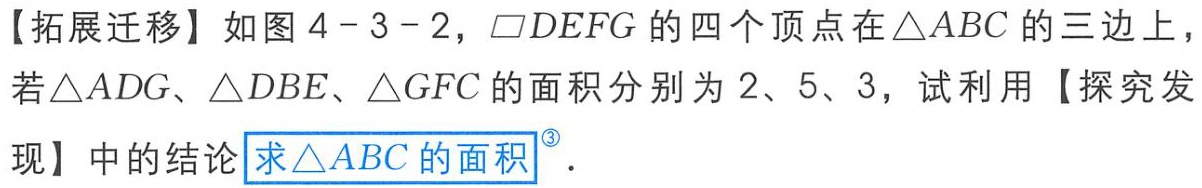
【拓展迁移】如图 4 - 3 - 2，$\square DEFG$ 的四个顶点在 $\triangle ABC$ 的三边上，若$\triangle ADG$、$\triangle DBE$、$\triangle GFC$ 的面积分别为 2、5、3，试利用【探究发现】中的结论$\boxed{求\triangle ABC的面积}^{\circled{3}}$.